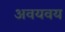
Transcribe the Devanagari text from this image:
अवयवय